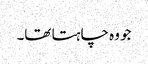
جو وہ چاہتا تھا۔